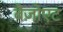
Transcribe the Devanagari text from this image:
बैंज़ोएट